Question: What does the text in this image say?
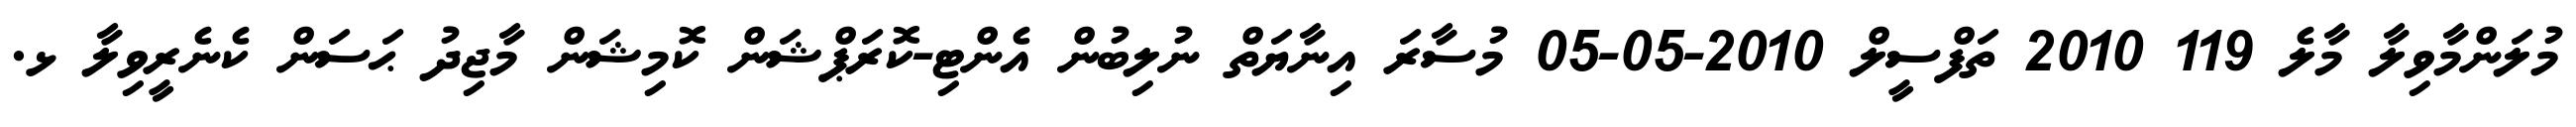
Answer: މުލަންމާވިލާ މާލެ 119 2010 ތަފްސީލް 2010-05-05 މުސާރަ އިނާޔަތް ނުލިބުން އެންޓި-ކޮރަޕްޝަން ކޮމިޝަން މާޖިދު ޙަސަން ކެނެރީވިލާ ޅ.